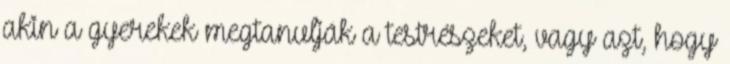
akin a gyerekek megtanulják a testrészeket, vagy azt, hogy